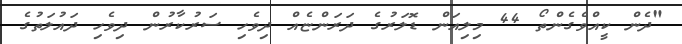
"ދެން ކީއްވެގެންތޯ 44 މިލިއަން ޑޮލަރުގެ ދަރަންޏެއް ދިވެހި ސަރުކާރުން ދިވެހި ދައުލަތުގެ